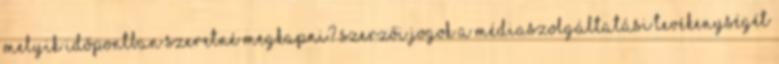
Melyik időpontban szeretné megkapni? Szerzői jogok A médiaszolgáltatási tevékenységét